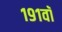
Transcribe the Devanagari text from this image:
१९१वॉ